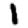
Digit: 1